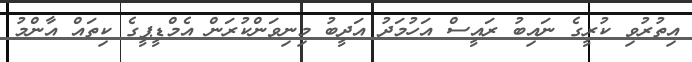
އިތުރުވި ކުރީގެ ނައިބު ރައީސް އަހުމަދު އަދީބު މިނިވަންކުރަން އެމްޑީޕީގެ ކިތައް އާންމު